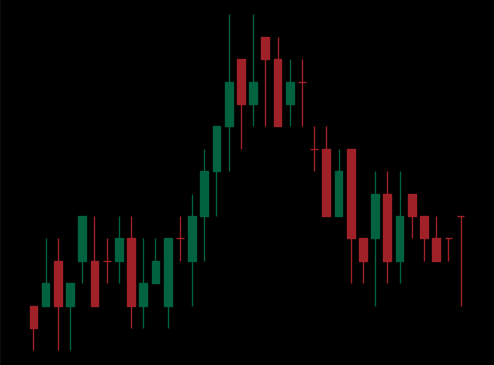
Pattern: head_shoulders